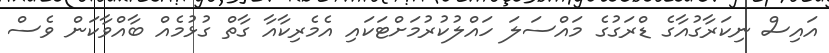
އައިސް ނިކަރާގުއާގެ ޑްރަގުގެ މައްސަލަ ހައްލުކުރުމަށްޓަކައި އެމެރިކާއާ ގާތް ގުޅުމެއް ބާއްވާކަން ވެސް